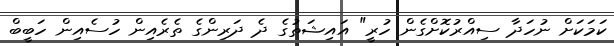
ކަމަކަށް ނުހަދާ ސިއްރުކޮށްގެން ހުރީ" އައިޝަތުގެ ދެ ދަރިންގެ ތެރެއިން ހުސެއިން ހަބީބް